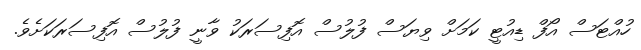
ހުއްޓަސް އޯފް ޑިއުޓީ ކަމަށް ވިޔަސް ފުލުސް އޮފިސަރަކު ވާނީ ފުލުސް އޮފިސަރަކަށެވެ.